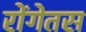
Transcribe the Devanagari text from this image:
रोंगेतस